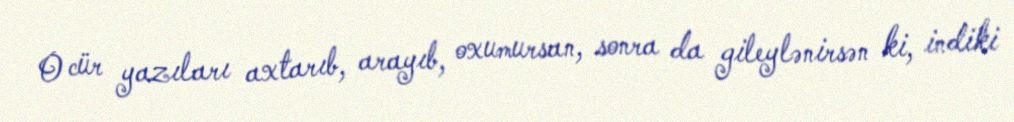
O cür yazıları axtarıb, arayıb, oxumursan, sonra da gileylənirsən ki, indiki